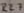
Text: R27